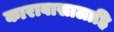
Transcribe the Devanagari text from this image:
कारावासालाहि